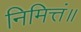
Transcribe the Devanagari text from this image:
निमित्तं॥